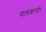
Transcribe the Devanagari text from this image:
चलवायीं।